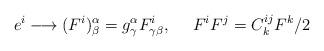
LaTeX: \begin{align*}e^{i}\longrightarrow (F^{i})^{\alpha}_{\beta}=g^{\alpha}_{\gamma} F^{i}_{\gamma \beta}, \ \ \ \ F^{i}F^{j}=C^{ij}_{k}F^{k}/2\end{align*}